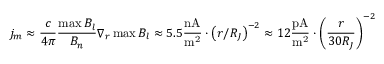
j _ { m } \approx \frac { c } { { 4 \pi } } \frac { { \operatorname* { m a x } B _ { l } } } { { B _ { n } } } \nabla _ { r } \operatorname* { m a x } B _ { l } \approx 5 . 5 \frac { { \mathrm { n A } } } { { \mathrm { m } ^ { \mathrm { 2 } } } } \cdot \left( { r / R _ { J } } \right) ^ { - 2 } \approx 1 2 \frac { { \mathrm { p A } } } { { \mathrm { m } ^ { \mathrm { 2 } } } } \cdot \left( { \frac { r } { { 3 0 R _ { J } } } } \right) ^ { - 2 }